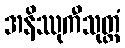
အနိဿုကီသုတ္တံ